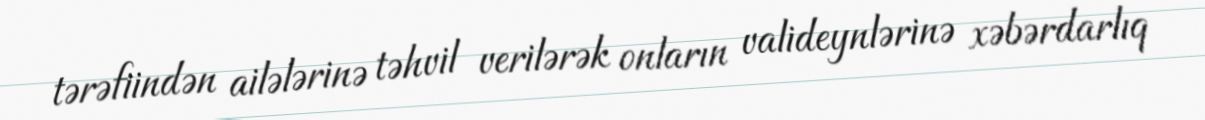
tərəfiindən ailələrinə təhvil verilərək onların valideynlərinə xəbərdarlıq